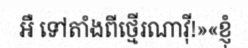
អឺ ទៅតាំងពីថ្មើរណាវ៉ី!»«ខ្ញុំ